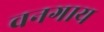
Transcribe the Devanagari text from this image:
वनगाय